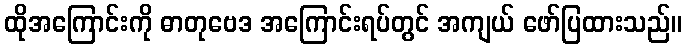
ထိုအကြောင်းကို ဓာတုဗေဒ အကြောင်းရပ်တွင် အကျယ် ဖော်ပြထားသည်။